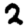
Digit: 2